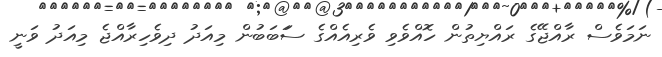
ނަމަވެސް ރާއްޖޭގެ ރައްޔިތުން ހޮއްވެވި ވެރިއެއްގެ ސަަބަބުން މިއަދު ދިވެހިރާއްޖެ މިއަދު ވަނީ